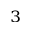
^ { 3 }